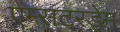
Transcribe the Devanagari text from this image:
एम्सटरडेम